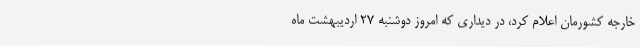
خارجه کشورمان اعلام کرد، در دیداری که امروز دوشنبه 27 اردیبهشت ماه